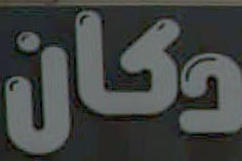
دكان